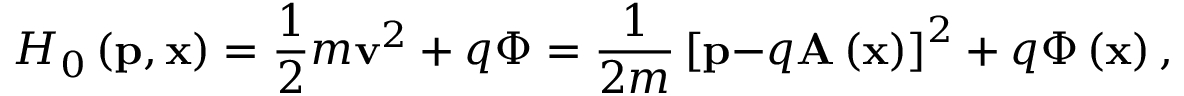
H _ { 0 } \left( \mathbf { p } , \mathbf { x } \right) = \frac { 1 } { 2 } m \mathbf { v } ^ { 2 } + q \Phi = \frac { 1 } { 2 m } \left[ \mathbf { p - } q \mathbf { A } \left( \mathbf { x } \right) \right] ^ { 2 } + q \Phi \left( \mathbf { x } \right) ,